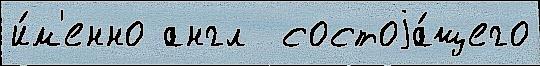
и́м'енно англ  состоjа́щего